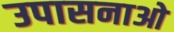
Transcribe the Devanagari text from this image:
उपासनाओ